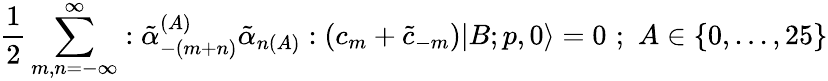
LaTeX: \frac{1}{2}\sum_{m,n=-\infty}^{\infty}:\tilde{\alpha}_{-(m+n)}^{(A)}\tilde{\alpha}_{n(A)}:(c_{m}+\tilde{c}_{-m})|B;p,0\rangle=0\, \, ;\, \, A\in\{ 0,...,25\}